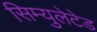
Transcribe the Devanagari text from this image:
सिम्युलेटेड